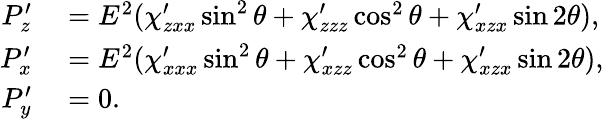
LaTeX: \begin{array}{rl}{P_{z}^{\prime}}&{{}=E^{2}(\chi_{zxx}^{\prime}\sin^{2}\theta+\chi_{zzz}^{\prime}\cos^{2}\theta+\chi_{xzx}^{\prime}\sin 2\theta),}\\ {P_{x}^{\prime}}&{{}=E^{2}(\chi_{xxx}^{\prime}\sin^{2}\theta+\chi_{xzz}^{\prime}\cos^{2}\theta+\chi_{xzx}^{\prime}\sin 2\theta),}\\ {P_{y}^{\prime}}&{{}=0.}\end{array}